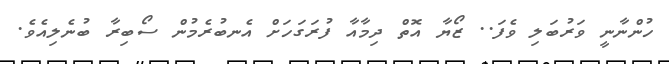
ހުންނާނީ ވަރުބަލި ވެފަ.. ޒޯޔާ އޮތް ދިމާއާ ފުރަގަހަށް އެނބުރެމުން ސޯބިރާ ބުނެލިއެވެ.